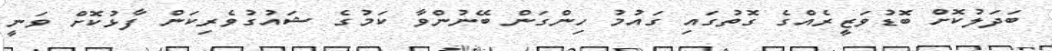
ބަދަލުކޮށް ބޮޑުވަޒީރެއްގެ ގޮތުގައި ގައުމު ހިންގަން ބޭނުންވާ ކަމުގެ ޝައުގުވެރިކަން ފާޅުކޮށް ވަނީ